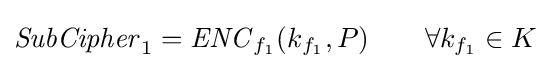
{\mathit {SubCipher}}_{1}={\mathit {ENC}}_{f_{1}}(k_{f_{1}},P)\qquad \forall k_{f_{1}}\in K